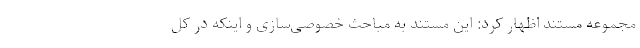
مجموعه مستند اظهار کرد: این مستند به مباحث خصوصی‌سازی و اینکه در کل